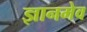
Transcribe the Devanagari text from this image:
ज्ञानमेव